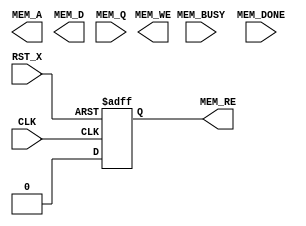
module TOP(CLK, RST_X, MEM_A, MEM_RE, MEM_WE, MEM_D, MEM_Q, MEM_BUSY, MEM_DONE);
  input CLK;
  input RST_X;

  parameter WA = 32;
  parameter WD = 32;
  
  output reg [WA-1:0] MEM_A;
  output reg MEM_RE;
  output reg MEM_WE;
  output reg [WD-1:0] MEM_D;
  input [WD-1:0] MEM_Q;
  input MEM_DONE;
  input MEM_BUSY;

  reg [3:0] state;
  reg [3:0] cnt;

  wire [3:0] wire_cnt0;
  assign wire_cnt0 = cnt + 1;
  wire [3:0] wire_cnt1;
  assign wire_cnt1 = wire_cnt0 + 1;

  always @(posedge CLK or negedge RST_X) begin
    if(!RST_X) begin
      MEM_RE <= 0;
    end else begin
      MEM_RE <= 0;
    end
  end
  
  always @(posedge CLK or negedge RST_X) begin
    if(!RST_X) begin
      state <= 0;
      cnt <= 0;
    end else begin
      if(state == 0) begin
        cnt <= cnt + 1;
        if(cnt == 8) begin
          state <= 1;
          cnt <= 0;
        end
      end else if(state == 1) begin
        cnt <= cnt + 1;
        if(cnt == 8) begin
          state <= 0;
          cnt <= 0;
        end
      end
    end
  end
endmodule